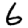
Digit: 6